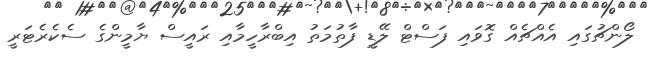
ލޯންޗުގައި އެއްޗެއް ގޮވައި ފަސްޓް ލޭޑީ ފާތުމަތު އިބްރާހީމާއި ރައީސް ޔާމީންގެ ސެކެރެޓަރީ